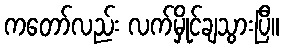
ကတော်လည်း လက်မှိုင်ချသွားပြီ။